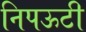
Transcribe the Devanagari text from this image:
निपऊटी